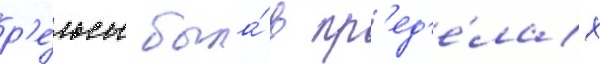
р'е́льсы была́ в пр'ед'е́лах